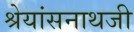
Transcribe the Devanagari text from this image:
श्रेयांसनाथजी